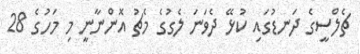
ޗެލްސީގެ ދަނޑުގައި ކުޅޭ ދެވަނަ ލެގުގެ މެޗު އޮންނާނީ މި މަހުގެ 28